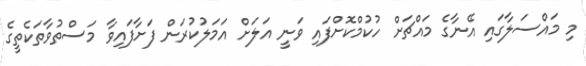
މި މައްސަލާގައި އޭނާގެ މައްޗަށް ހުކުމްކޮށްފައި ވަނީ އަލަށް އަމަލުކުރަން ފަށާފައިވާ މަސްތުވާތަކެތީގެ